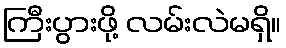
ကြီးပွားဖို့ လမ်းလဲမရှိ။